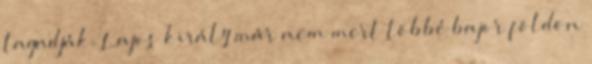
tagadják. Lajos király már nem mert többé bajor földön